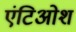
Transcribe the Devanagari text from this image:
एंटिओश